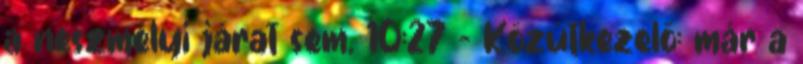
a neszmélyi járat sem. 10:27 - Közútkezelő: már a